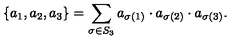
\{ a _ { 1 } , a _ { 2 } , a _ { 3 } \} = \sum _ { \sigma \in S _ { 3 } } a _ { \sigma ( 1 ) } \cdot a _ { \sigma ( 2 ) } \cdot a _ { \sigma ( 3 ) } .